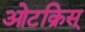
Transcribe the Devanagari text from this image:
ओटक्रिस्